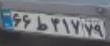
۶۶ط۳۱۷۷۹